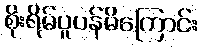
စိုးရိမ်ပူပန်မိကြောင်း